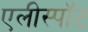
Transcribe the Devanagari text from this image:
एलीस्पॉट